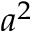
a ^ { 2 }